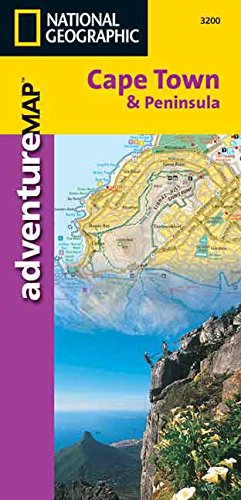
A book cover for Cape Town and Peninsula [South Africa] (National Geographic Adventure Map); National Geographic Maps - Adventure; Travel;